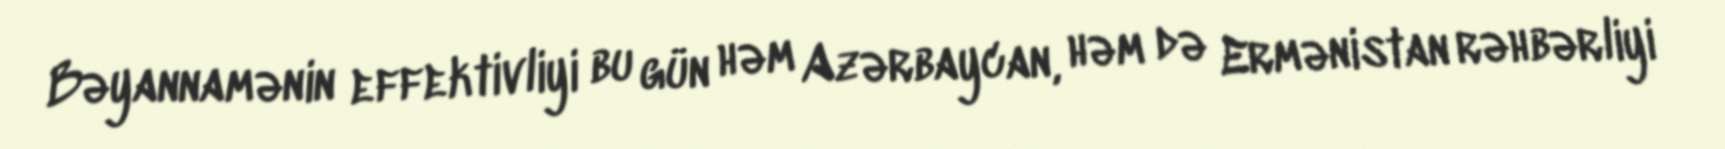
Bəyannamənin effektivliyi bu gün həm Azərbaycan, həm də Ermənistan rəhbərliyi